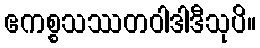
ဧကစ္စသဿတဝါဒါဒီသုပိ။